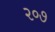
૨૦૭